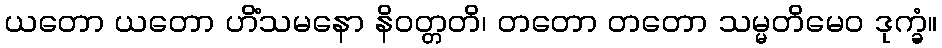
ယတော ယတော ဟိံသမနော နိဝတ္တတိ၊ တတော တတော သမ္မတိမေဝ ဒုက္ခံ။